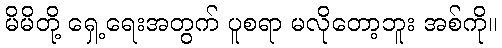
မိမိတို့ ရှေ့ရေးအတွက် ပူစရာ မလိုတော့ဘူး အစ်ကို။